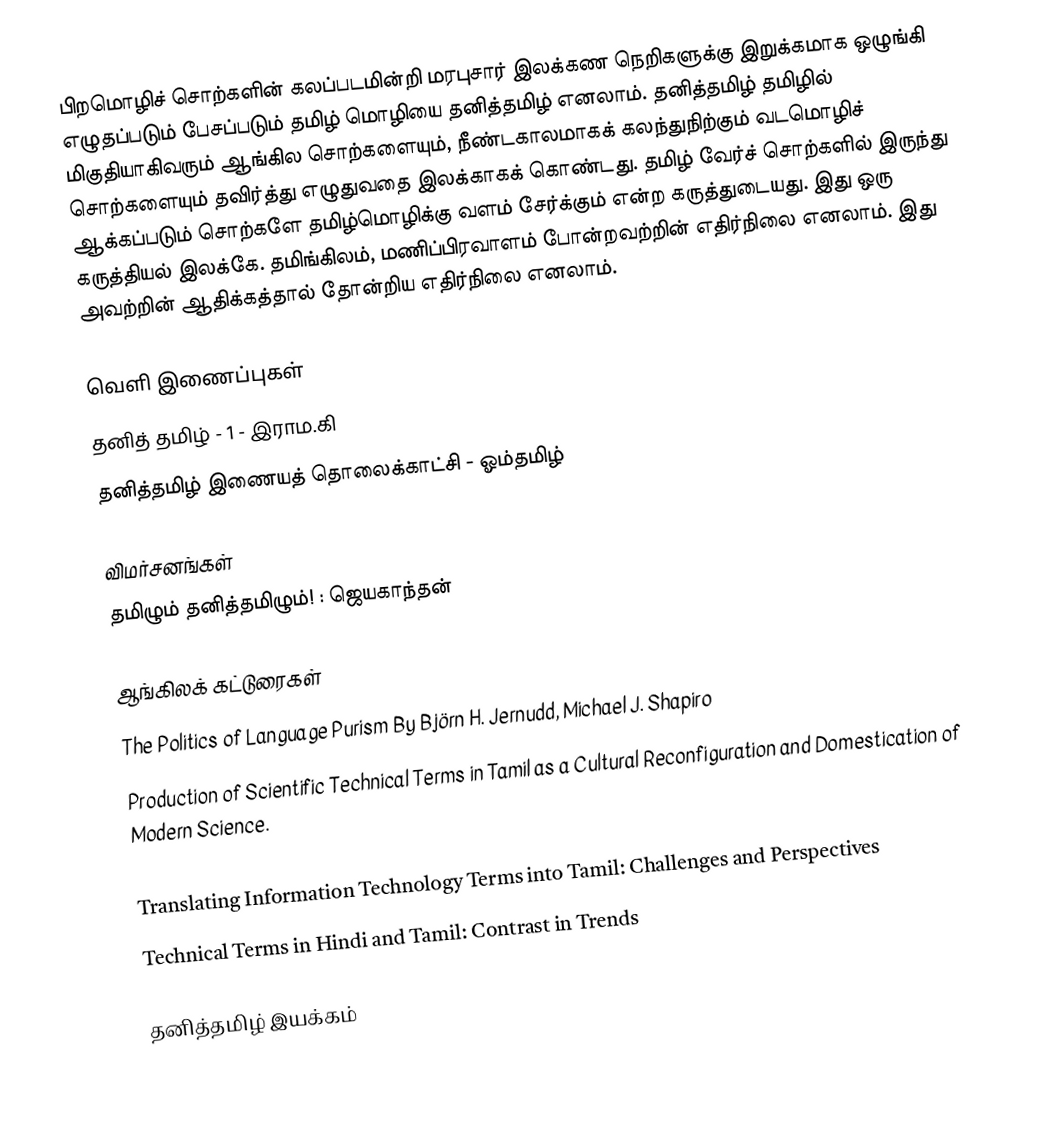
பிறமொழிச் சொற்களின் கலப்படமின்றி மரபுசார் இலக்கண நெறிகளுக்கு இறுக்கமாக ஒழுங்கி எழுதப்படும் பேசப்படும் தமிழ் மொழியை தனித்தமிழ் எனலாம். தனித்தமிழ் தமிழில் மிகுதியாகிவரும் ஆங்கில சொற்களையும், நீண்டகாலமாகக் கலந்துநிற்கும் வடமொழிச் சொற்களையும் தவிர்த்து எழுதுவதை இலக்காகக் கொண்டது. தமிழ் வேர்ச் சொற்களில் இருந்து ஆக்கப்படும் சொற்களே தமிழ்மொழிக்கு வளம் சேர்க்கும் என்ற கருத்துடையது.  இது ஒரு கருத்தியல் இலக்கே.  தமிங்கிலம், மணிப்பிரவாளம் போன்றவற்றின் எதிர்நிலை எனலாம். இது அவற்றின் ஆதிக்கத்தால் தோன்றிய எதிர்நிலை எனலாம்.

வெளி இணைப்புகள்
 தனித் தமிழ் - 1 - இராம.கி
 தனித்தமிழ் இணையத் தொலைக்காட்சி - ஓம்தமிழ்

விமர்சனங்கள்
 தமிழும் தனித்தமிழும்! : ஜெயகாந்தன்

ஆங்கிலக் கட்டுரைகள்
 The Politics of Language Purism By Björn H. Jernudd, Michael J. Shapiro
 Production of Scientific Technical Terms in Tamil as a Cultural Reconfiguration and Domestication of Modern Science.
 Tradition, Modernity, and Impact of Globalization: Whither will Tamil go?
 Translating Information Technology Terms into Tamil: Challenges and Perspectives
 Technical Terms in Hindi and Tamil: Contrast in Trends

தனித்தமிழ் இயக்கம்